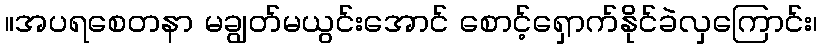
။အပရစေတနာ မချွတ်မယွင်းအောင် စောင့်ရှောက်နိုင်ခဲလှကြောင်း၊